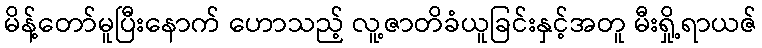
မိန့်တော်မူပြီးနောက် ဟောသည့် လူ့ဇာတိခံယူခြင်းနှင့်အတူ မီးရှို့ရာယဇ်